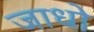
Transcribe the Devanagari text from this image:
जाधो